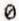
0